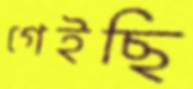
গেইছি